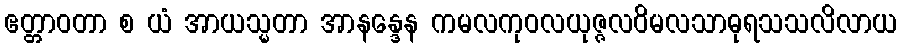
ဧတ္တာဝတာ စ ယံ အာယသ္မတာ အာနန္ဒေန ကမလကုဝလယုဇ္ဇလဝိမလသာဓုရသသလိလာယ